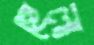
হেলা